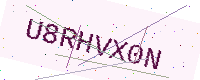
Text: U8RHVX0N